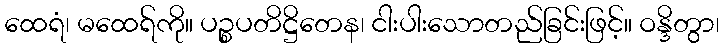
ထေရံ၊ မထေရ်ကို။ ပဉ္စပတိဋ္ဌိတေန၊ ငါးပါးသောတည်ခြင်းဖြင့်။ ဝန္ဒိတွာ၊